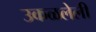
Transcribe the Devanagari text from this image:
उकळलेली